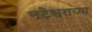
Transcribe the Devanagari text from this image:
नटेश्वराच्या